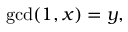
\operatorname* { g c d } ( 1 , x ) = y ,